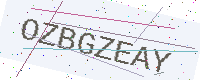
Text: OZBGZEAY